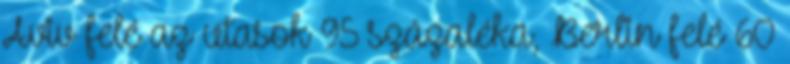
Aviv felé az utasok 95 százaléka, Berlin felé 60